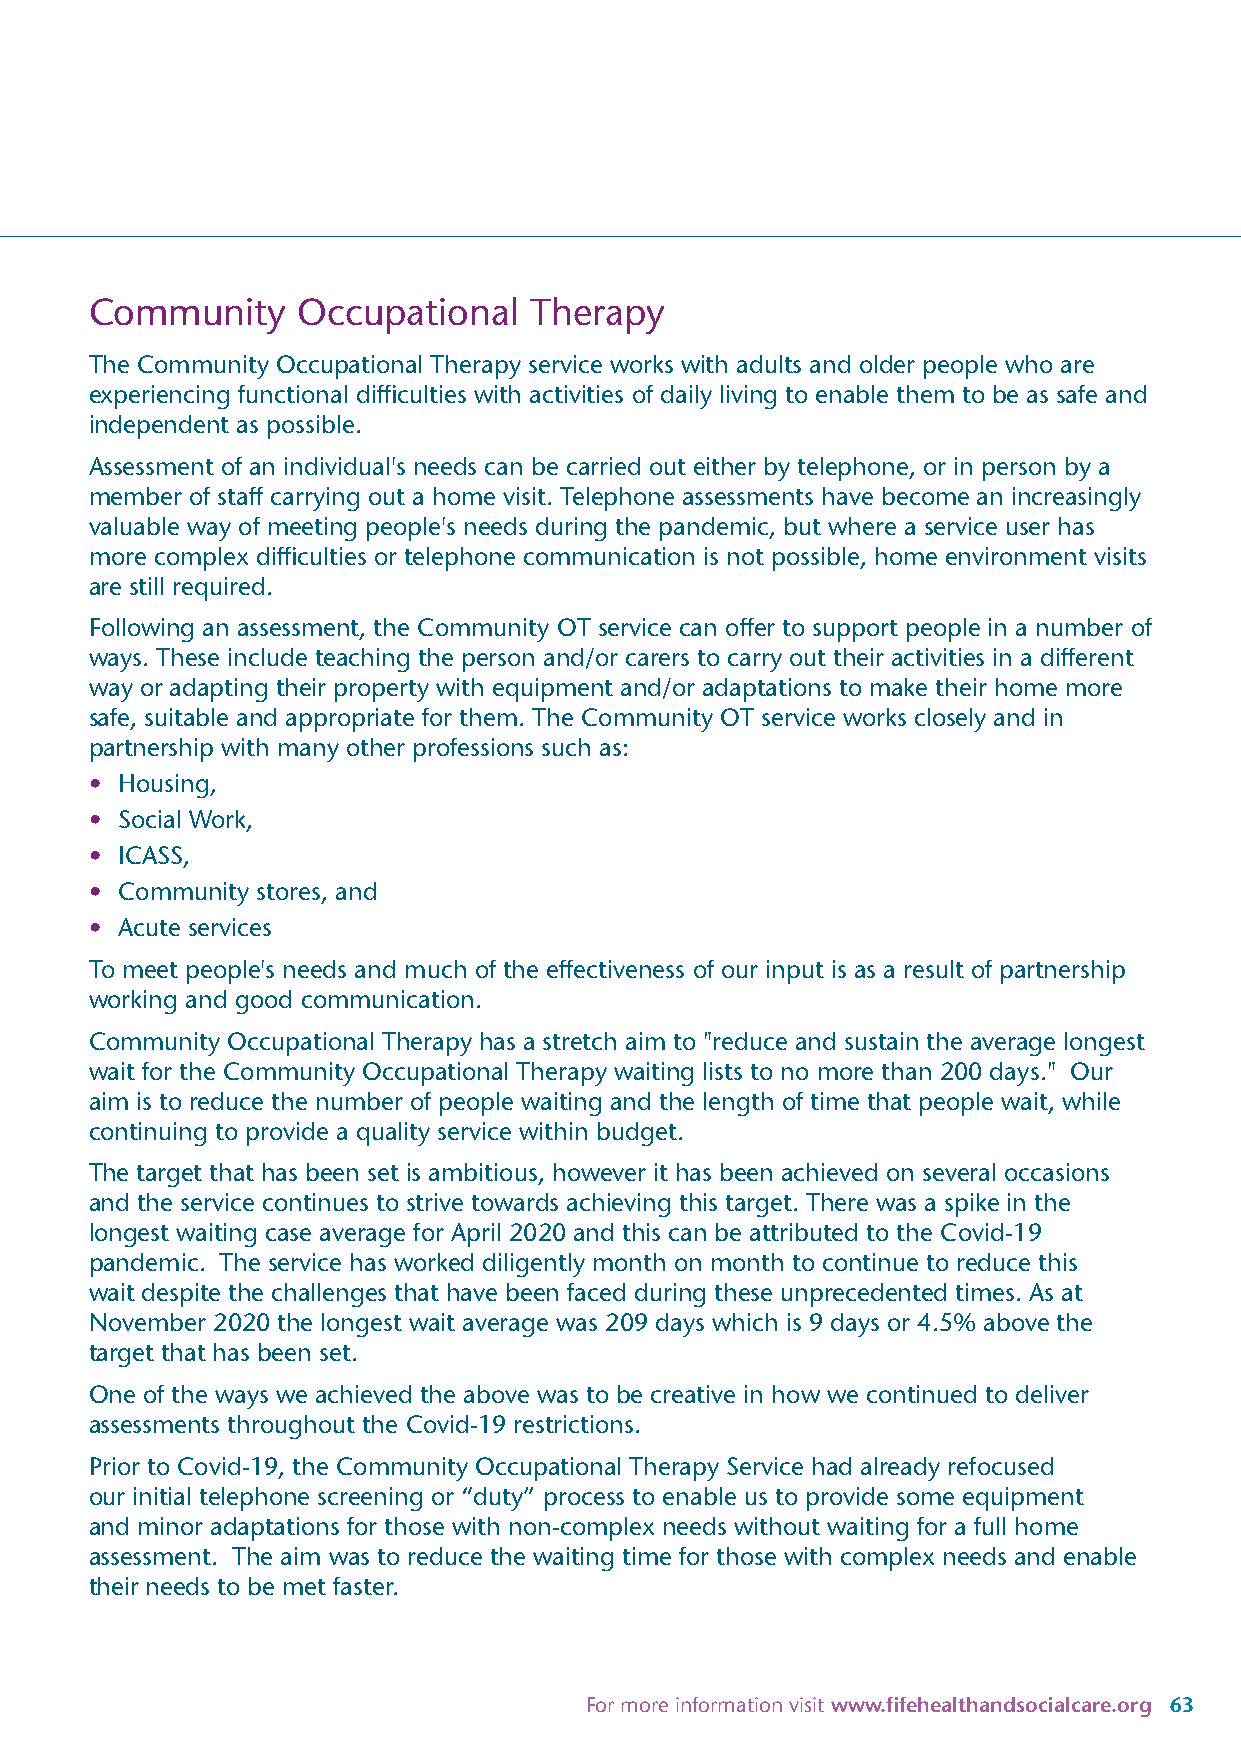
Community     Occupational   Therapy
 The Community Occupational Therapy service works with adults and older people who are
 experiencing functional difficulties with activities of daily living to enable them to be as safe and
 independent as possible.
 Assessment of an individual's needs can be carried out either by telephone, or in person by a
 member of staff carrying out a home visit. Telephone assessments have become an increasingly
 valuable way of meeting people's needs during the pandemic, but where a service user has
 more complex difficulties or telephone communication is not possible, home environment visits
 are still required.
 Following an assessment, the Community OT service can offer to support people in a number of
 ways. These include teaching the person and/or carers to carry out their activities in a different
 way or adapting their property with equipment and/or adaptations to make their home more
 safe, suitable and appropriate for them. The Community OT service works closely and in
 partnership with many other professions such as:
 • Housing,
 • Social Work,
 • ICASS,
 • Community stores, and
 • Acute services
 To meet people's needs and much of the effectiveness of our input is as a result of partnership
 working and good communication.
 Community Occupational Therapy has a stretch aim to "reduce and sustain the average longest
 wait for the Community Occupational Therapy waiting lists to no more than 200 days." Our
 aim is to reduce the number of people waiting and the length of time that people wait, while
 continuing to provide a quality service within budget.
 The target that has been set is ambitious, however it has been achieved on several occasions
 and the service continues to strive towards achieving this target. There was a spike in the
 longest waiting case average for April 2020 and this can be attributed to the Covid-19
 pandemic. The service has worked diligently month on month to continue to reduce this
 wait despite the challenges that have been faced during these unprecedented times. As at
 November 2020 the longest wait average was 209 days which is 9 days or 4.5% above the
 target that has been set.
 One of the ways we achieved the above was to be creative in how we continued to deliver
 assessments throughout the Covid-19 restrictions.
 Prior to Covid-19, the Community Occupational Therapy Service had already refocused
 our initial telephone screening or “duty” process to enable us to provide some equipment
 and minor adaptations for those with non-complex needs without waiting for a full home
 assessment. The aim was to reduce the waiting time for those with complex needs and enable
 their needs to be met faster.
 For more information visit www.fifehealthandsocialcare.org 63